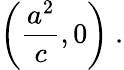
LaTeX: \left({\frac{a^{2}}{c}},0\right)\ .